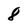
Character: 8